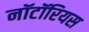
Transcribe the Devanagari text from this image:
नॉटॉरियस